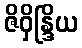
ဇိဝှိန္ဒြိယ